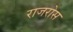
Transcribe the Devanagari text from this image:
राजरोस